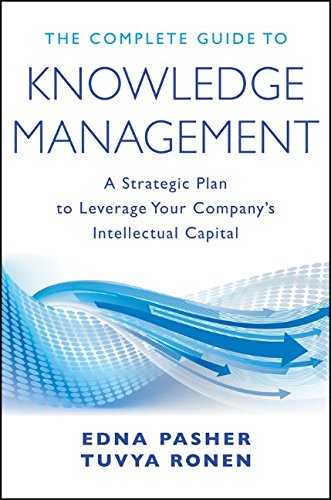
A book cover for The Complete Guide to Knowledge Management: A Strategic Plan to Leverage Your Company's Intellectual Capital; Edna Pasher; Business & Money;